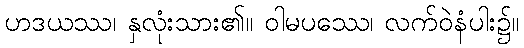
ဟဒယဿ၊ နှလုံးသား၏။ ဝါမပဿေ၊ လက်ဝဲနံပါး၌။